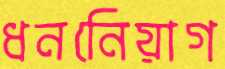
ধননিেয়াগ